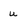
Character: u